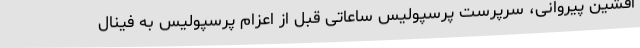
افشین پیروانی، سرپرست پرسپولیس ساعاتی قبل از اعزام پرسپولیس به فینال